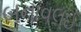
બનાવલઈ